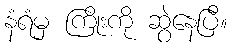
နံရံမှ ကြိုးကို ဆွဲနေပြီ။